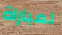
لمباراة